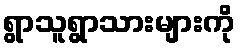
ရွာသူရွာသားများကို